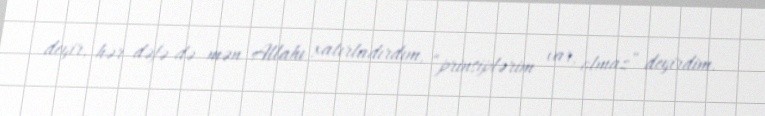
deyir, hər dəfə də mən Allahı xatırladırdım, “prinsiplərim var, olmaz” deyirdim.